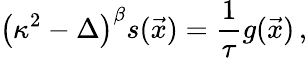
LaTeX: \left(\kappa^{2}-\Delta\right)^{\beta}s(\vec{x})=\frac{1}{\tau}g(\vec{x})\, ,